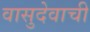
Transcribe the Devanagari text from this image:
वासुदेवाची